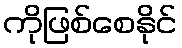
ကိုဖြစ်စေနိုင်